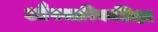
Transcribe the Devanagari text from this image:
औपचारिकशिक्षा